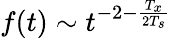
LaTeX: f(t)\sim t^{-2-\frac{T_{x}}{2T_{s}}}